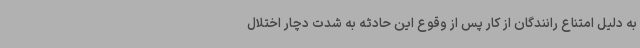
به دلیل امتناع رانندگان از کار پس از وقوع این حادثه به شدت دچار اختلال